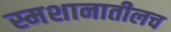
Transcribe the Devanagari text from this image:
स्मशानातीलच